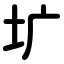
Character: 圹